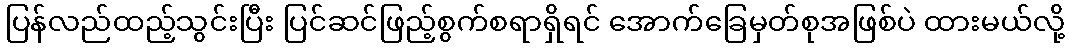
ပြန်လည်ထည့်သွင်းပြီး ပြင်ဆင်ဖြည့်စွက်စရာရှိရင် အောက်ခြေမှတ်စုအဖြစ်ပဲ ထားမယ်လို့